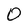
Character: O